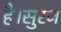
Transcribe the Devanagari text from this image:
है।सुरज